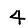
Digit: 4